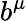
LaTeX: b^{\mu}